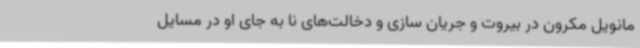
مانویل مکرون در بیروت و جریان سازی و دخالت‌های نا به جای او در مسایل